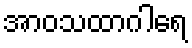
အာဝသထာဂါရေ